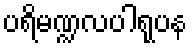
ပရိမဏ္ဍလပါရုပန